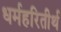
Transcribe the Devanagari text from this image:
धर्महरितीर्थ